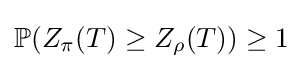
\mathbb {P} (Z_{\pi }(T)\geq Z_{\rho }(T))\geq 1